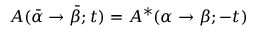
A ( \bar { \alpha } \rightarrow \bar { \beta } ; t ) = A ^ { * } ( \alpha \rightarrow \beta ; - t )